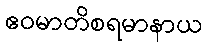
ဧဝမာတိစရမာနာယ